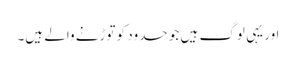
اور یہی لوگ ہیں جو حدود کو توڑنے والے ہیں۔